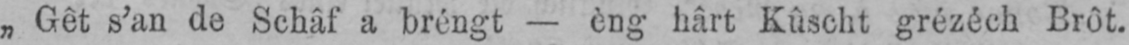
„Gêt s’an de Schâf a bréngt - èng hârt Kûscht grézéch Brôt.